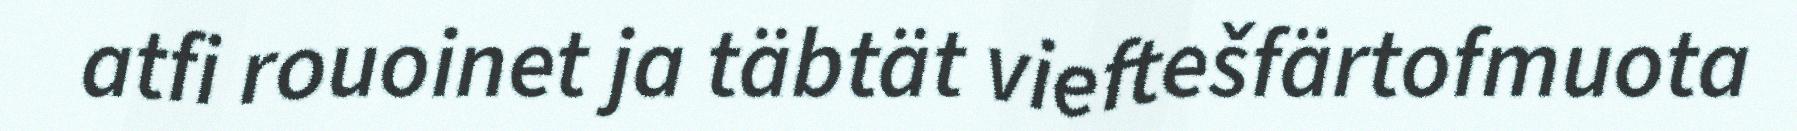
atfi rouoinet ja täbtät vieftešfärtofmuota